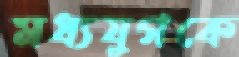
মধ্যযুগকে